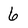
Character: 6